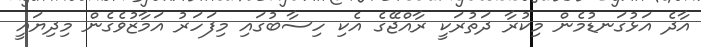
އާދެ އަޅުގަނޑުމެން މިކުރާ ދަތުރަކީ ރާއްޖޭގެ އެކި ހިސާބުގައި މިފަހަރު އަމާޒުވެގެން މިދިޔައީ